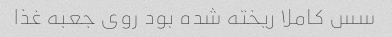
سس کاملا ریخته شده بود روی جعبه غذا